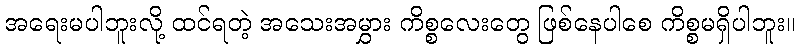
အရေးမပါဘူးလို့ ထင်ရတဲ့ အသေးအမွှား ကိစ္စလေးတွေ ဖြစ်နေပါစေ ကိစ္စမရှိပါဘူး။